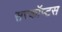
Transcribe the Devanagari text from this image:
सरकॉप्टस